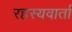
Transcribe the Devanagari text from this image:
रहस्यवार्ता